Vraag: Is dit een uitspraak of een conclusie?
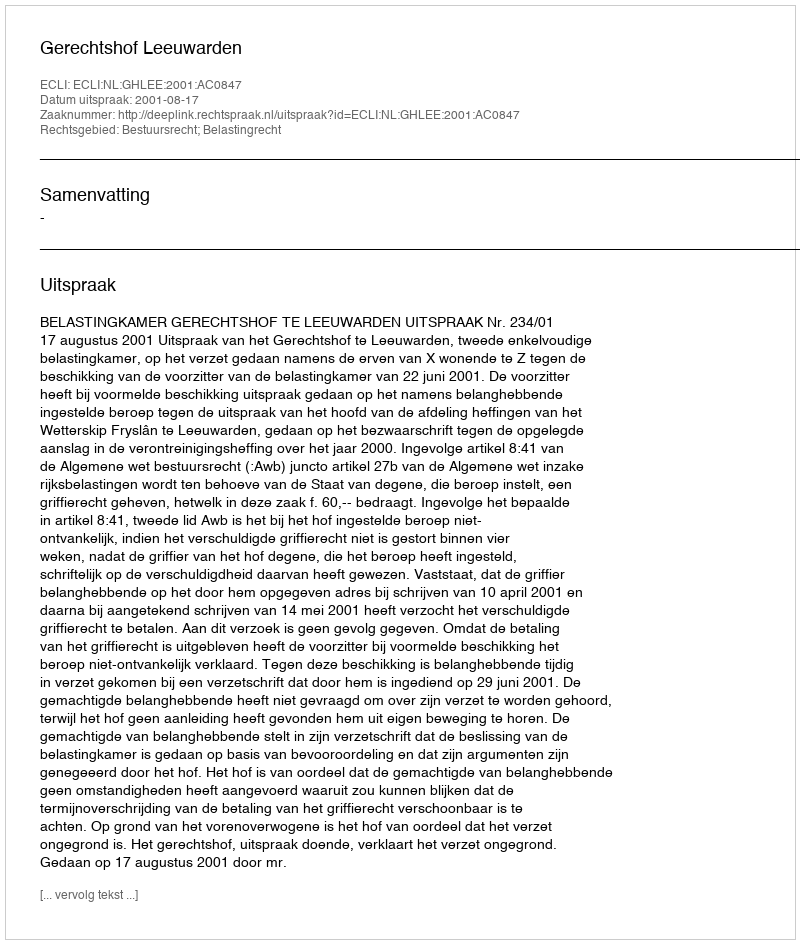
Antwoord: Uitspraak